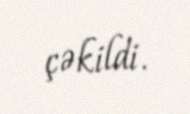
çəkildi.